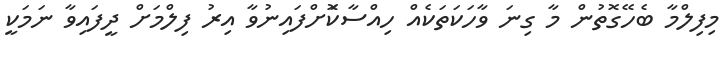
މިފިލްމާ ބެހޭގޮތުން މާ ގިނަ ވާހަކަތަކެއް ހިއްސާކޮަށްފައިނުވާ އިރު ފިލްމަށް ދީފައިވާ ނަމަކީ